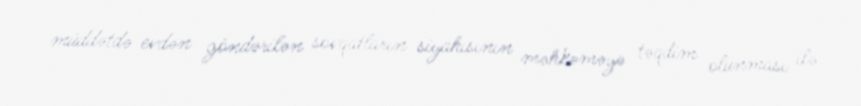
müddətdə evdən göndərilən sovqatların siyahısının məhkəməyə təqdim olunması ilə